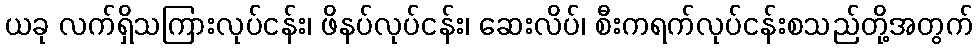
ယခု လက်ရှိသကြားလုပ်ငန်း၊ ဖိနပ်လုပ်ငန်း၊ ဆေးလိပ်၊ စီးကရက်လုပ်ငန်းစသည်တို့အတွက်